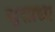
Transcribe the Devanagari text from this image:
सुसाध्‍य